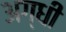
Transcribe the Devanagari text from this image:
अग्धी